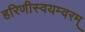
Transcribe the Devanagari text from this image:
हरिणीस्वयम्वरम्